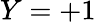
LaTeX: Y=+1